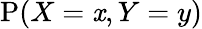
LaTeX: \operatorname{P}(X=\mathit{x},Y=y)